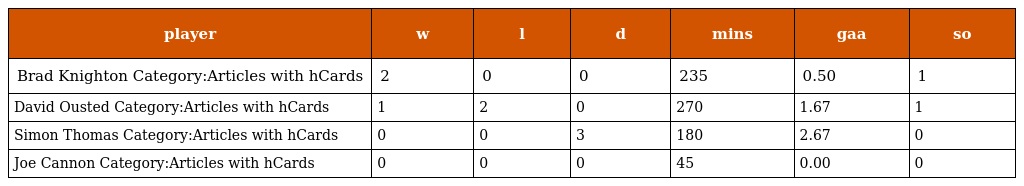
| player | w | l | d | mins | gaa | so |
 | --- | --- | --- | --- | --- | --- | --- |
 | Brad Knighton Category:Articles with hCards | 2 | 0 | 0 | 235 | 0.50 | 1 |
 | David Ousted Category:Articles with hCards | 1 | 2 | 0 | 270 | 1.67 | 1 |
 | Simon Thomas Category:Articles with hCards | 0 | 0 | 3 | 180 | 2.67 | 0 |
 | Joe Cannon Category:Articles with hCards | 0 | 0 | 0 | 45 | 0.00 | 0 |